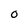
Character: 0